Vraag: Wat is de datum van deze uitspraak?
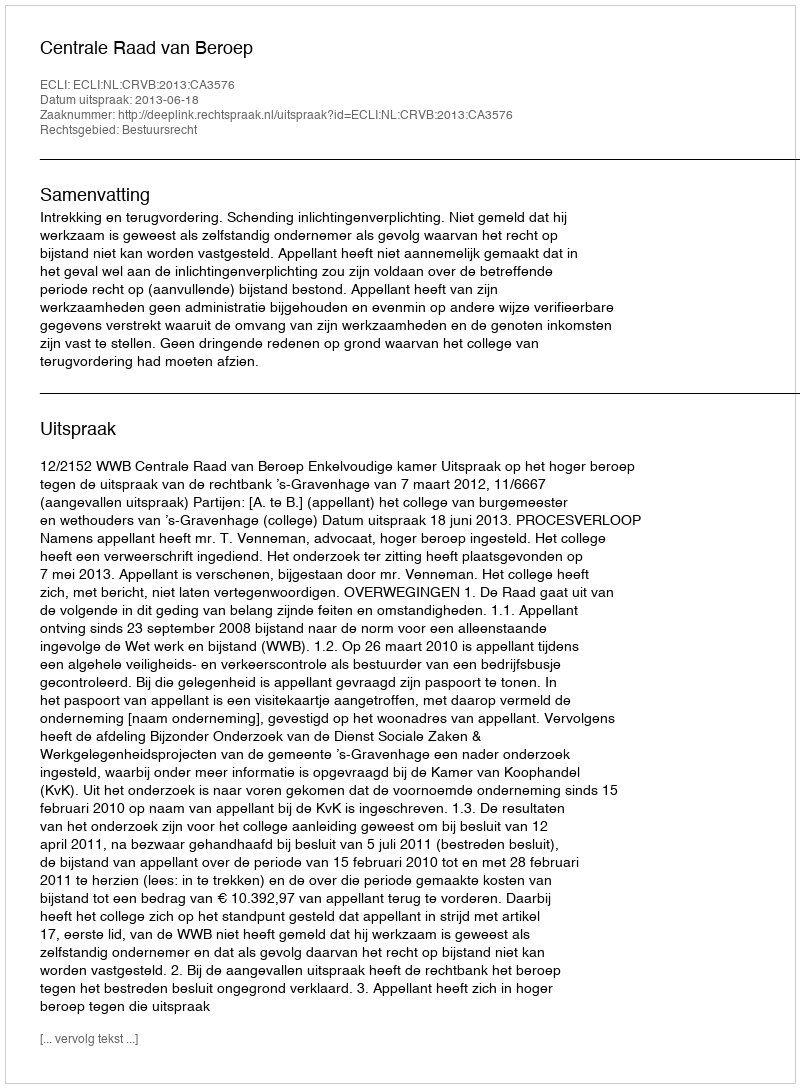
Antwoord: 2013-06-18